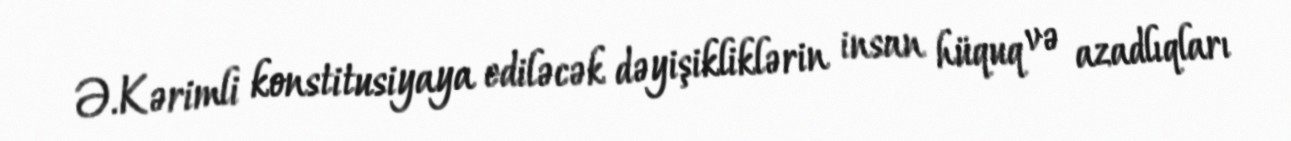
Ə.Kərimli konstitusiyaya ediləcək dəyişikliklərin insan hüquq və azadlıqları